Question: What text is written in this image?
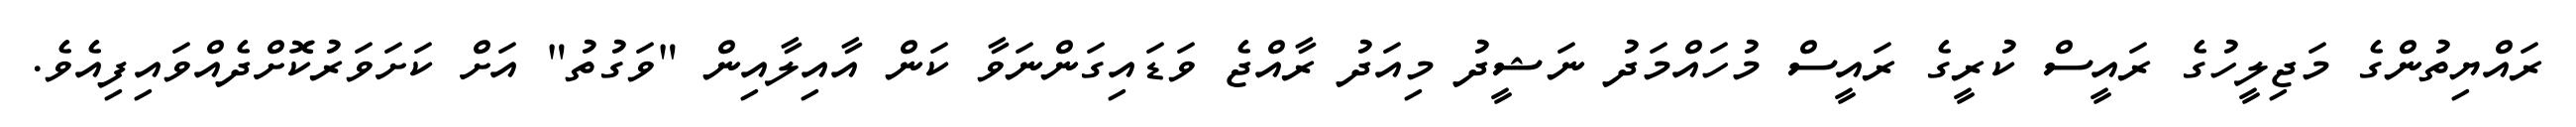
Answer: ރައްޔިތުންގެ މަޖިލީހުގެ ރައީސް ކުރީގެ ރައީސް މުހައްމަދު ނަޝީދު މިއަދު ރާއްޖެ ވަޑައިގަންނަވާ ކަން އާއިލާއިން "ވަގުތު" އަށް ކަށަވަރުކޮށްދެއްވައިފިއެވެ.